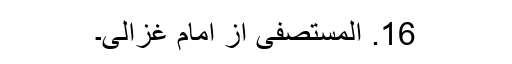
16. المستصفیٰ از امام غزالی۔